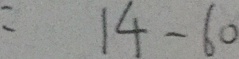
= 1 4 - 6 0